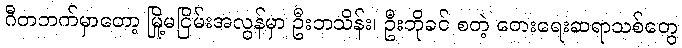
ဂီတဘက်မှာတော့ မြို့မငြိမ်းအလွန်မှာ ဦးဘသိန်း၊ ဦးဘိုခင် စတဲ့ တေးရေးဆရာသစ်တွေ